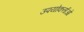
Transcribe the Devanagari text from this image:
उपयोकर्ताओं